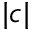
| c |